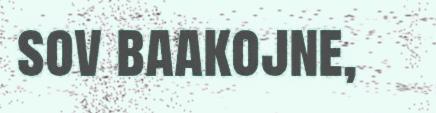
sov baakojne,